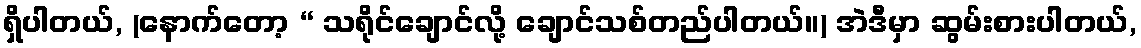
ရှိပါတယ်, (နောက်တော့ “ သရိုင်ချောင်လို့ ချောင်သစ်တည်ပါတယ်။) အဲဒီမှာ ဆွမ်းစားပါတယ်,